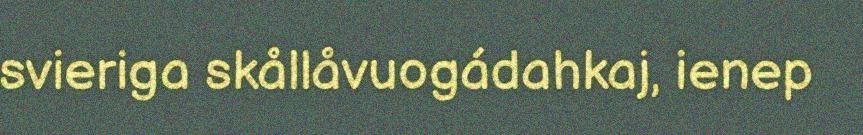
svieriga skållåvuogádahkaj, ienep